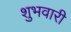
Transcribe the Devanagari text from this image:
शुभवारी